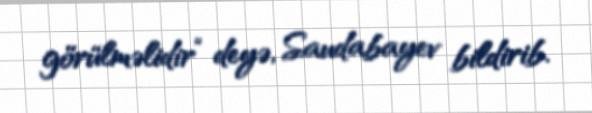
görülməlidir” deyə, Saudabayev bildirib.